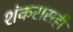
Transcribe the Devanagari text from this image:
शंकरासही